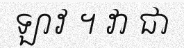
ឡាវ ។ វា ជា